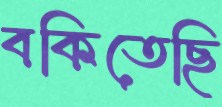
বকিতেছি